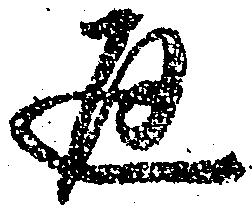
通